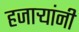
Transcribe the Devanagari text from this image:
हजार्‍यांनी